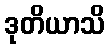
ဒုတိယာသိ